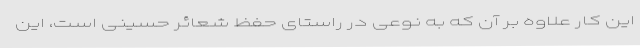
این کار علاوه بر آن که به نوعی در راستای حفظ شعائر حسینی است، این